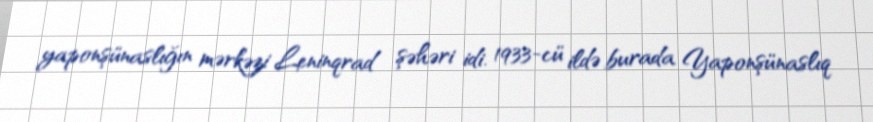
yaponşünaslığın mərkəzi Leninqrad şəhəri idi. 1933-cü ildə burada Yaponşünaslıq